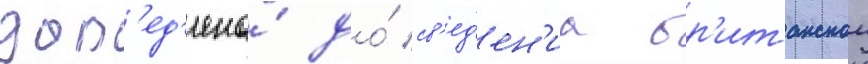
дов'ед'ена́ до́ св'ед'ен'иа бр'итанскои